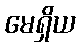
မေရှိယ